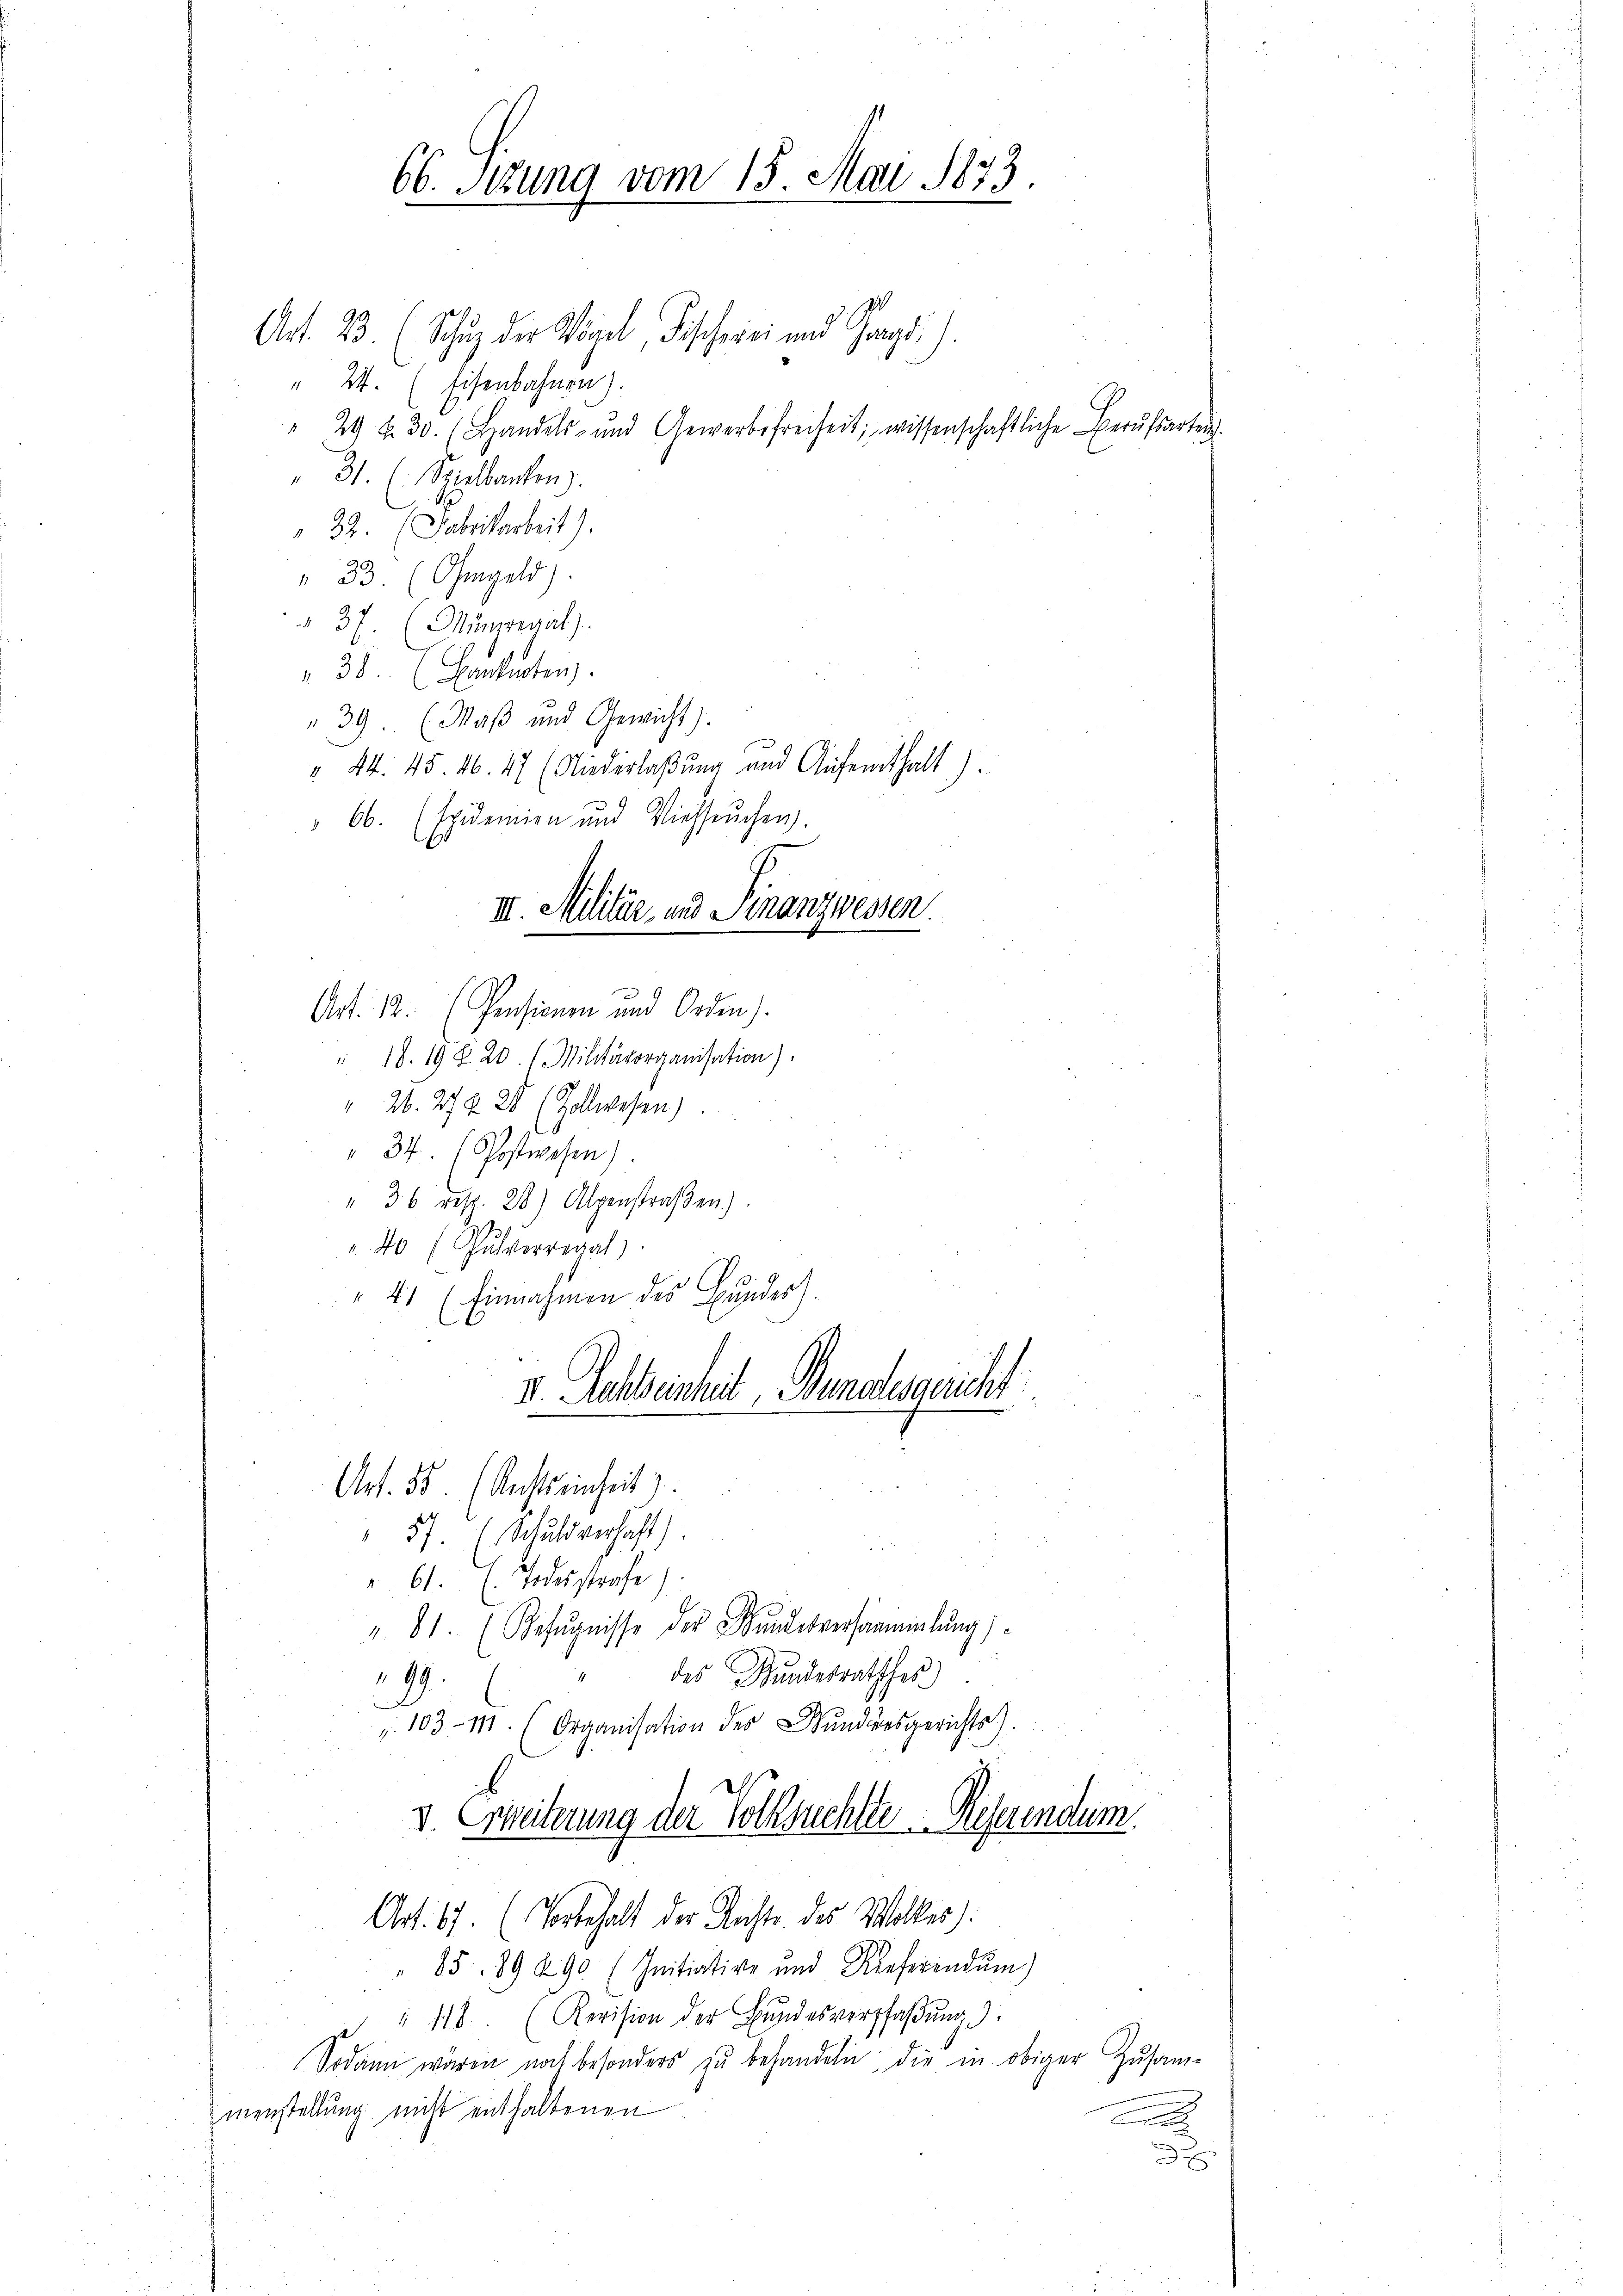
66. Sizung vom 15. Mai 1873.

Art. 23. (Schŭz der Vögel, Fischerei und Graz).
" 24. (Eisenbahnen).
29 f. 30. Handels- und Gewerbefreiheit, wissenschaftliche Berŭfsarten.
" 31. (Spielbanken).
22. Fabrikarbeit).
" 33. (Ohmgeld).
 37. (Münzregal).
38 (Banknoten).
39. (Maß und Gewicht).
" 44. 45. 46. 47 (Niederlaßung und Aufenthalt).
66. (Epidemien und Viehseuchen.
Art. 12. (Pensionen und Orden).
" 18. 19 § 20. Militärorganisation).
 26. 27 f 28 (Zollwesen)
" 34. (Postwesen)
" 36 resp. 28) Alpenstraβen).
40 (Gulverregal
 41 (Einnahmen des Bundes).
v. Rehbeinheit, Banalsgericht
wetten.
22 x
Art. 55. (Restseinheit)
57 Schuldverhaft).
 61. s. Todesstrafe
". 81. (Befŭgnisse der Bundesversammlung)
" des Bundesrathsher
299.
"103- 111. (Organisation des Wundesgerichts.
V. Erweiterung der Volksuchtte Reserendum.
Art. 67. (Vorbehalt der Nachte des Wolkes):
" 85. 89 490 (Initiative und Kieferendum)
 " 118 (Revision der Bŭndesverpfaβŭng
Sodann wären noch besonders zu behandeln, die in obiger Zusame
menstellung nicht enthaltenen
n

III. Militär- und Finanzwessen